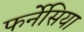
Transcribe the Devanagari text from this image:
फर्नेसिया